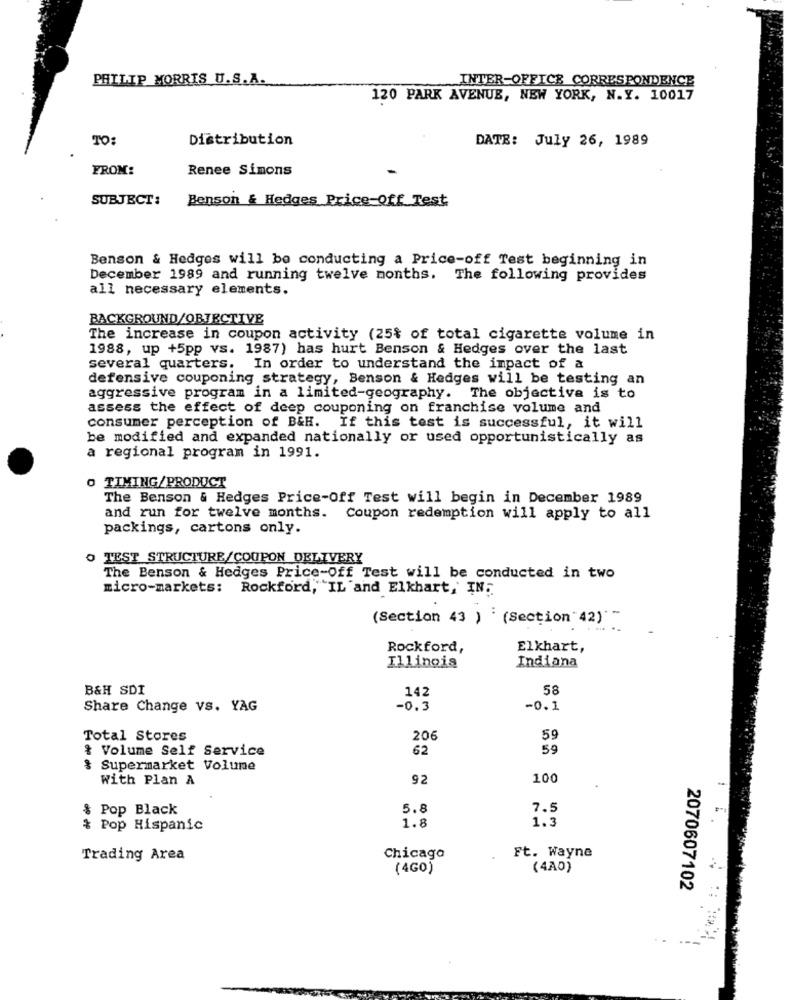
PHILIP MORRIS U.S.A.
INTER-OFFICE CORRESPONDENCE
120 PARK AVENUE, NEW YORK, N.Y. 10017
TO:
Distribution
DATE: July 26, 1989
FROM:
Renee Simons
SUBJECT:
Benson & Hedges Price-Off Test
Benson & Hedges will be conducting a Price-off Test beginning in
December 1989 and running twelve months. The following provides
all necessary elements.
BACKGROUND/OBJECTIVE
The increase in coupon activity (25% of total cigarette volume in
1988, up +5pp vs. 1987) has hurt Benson & Hedges over the last
several quarters. In order to understand the impact of &
defensive couponing strategy, Benson & Hedges will be testing an
aggressive program in a limited-geography. The objective is to
assess the effect of deep couponing on franchise volume and
consumer perception of B&H. If this test is successful, it will
be modified and expanded nationally or used opportunistically as
a regional program in 1991.
O TIMING/PRODUCT
The Benson & Hedges Price-Off Test will begin in December 1989
and run for twelve months. Coupon redemption will apply to all
packings, cartons only.
O TEST STRUCTURE/COUPON DELIVERY
The Benson & Hedges Price-Off Test will be conducted in two
micro-markets: Rockford, IL and Elkhart, IN;
(Section 43 ) (Section 42) ~
Rockford,
Elkhart,
Illinois
Indiana
B&H SDI
142
58
Share Change vs. YAG
-0.3
-0.1
Total Stores
206
59
Volume Self Service
62
59
Supermarket Volume
With Plan A
92
100
& Pop Black
5.8
7.5
1.8
& Pop Hispanic
1.3
Ft. Wayne
Trading Area
Chicago
(4G0)
(4A0)
2070607102